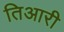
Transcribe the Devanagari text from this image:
तिआरी